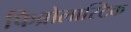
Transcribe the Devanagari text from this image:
फिब्रोलास्टिक